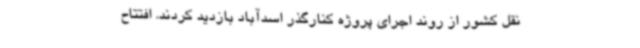
نقل کشور از روند اجرای پروژه کنارگذر اسدآباد بازدید کردند. افتتاح